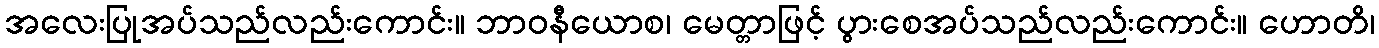
အလေးပြုအပ်သည်လည်းကောင်း။ ဘာဝနီယောစ၊ မေတ္တာဖြင့် ပွားစေအပ်သည်လည်းကောင်း။ ဟောတိ၊